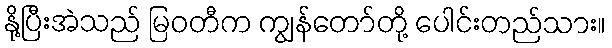
နို့ပြီးအဲသည် မြဝတီက ကျွန်တော်တို့ ပေါင်းတည်သား။